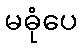
မဓုံပေ